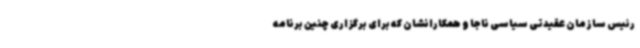
رئیس سازمان عقیدتی سیاسی ناجا و همکارانشان که برای برگزاری چنین برنامه